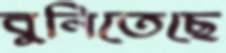
বুনিতেছে